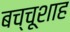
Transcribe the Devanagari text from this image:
बच्चूशाह